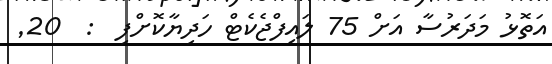
އަތޮޅު މަދަރުސާ އަށް 75 ލައިފްޖެކެޓް ހަދިޔާކޮށްފި  :  20